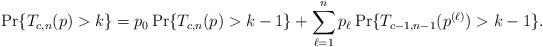
LaTeX: \begin{align*} \Pr\{T_{c,n}(p) > k\} = p_0 \Pr\{T_{c,n}(p) > k-1\} + \sum_{\ell = 1}^np_\ell \Pr\{T_{c-1,n-1}(p^{(\ell)}) > k-1\}.\end{align*}